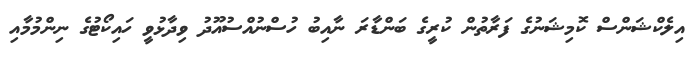
އިލެކްޝަންސް ކޮމިޝަނުގެ ފަރާތުން ކުރީގެ ބަންޑާރަ ނާއިބު ހުސްނުއްސުއޫދު ވިދާޅުވީ ހައިކޯޓުގެ ނިންމުމާއި